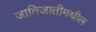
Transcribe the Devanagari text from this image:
जातिजातींमधील